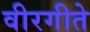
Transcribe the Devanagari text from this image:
वीरगीते